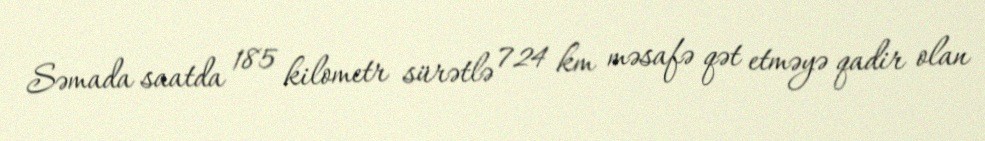
Səmada saatda 185 kilometr sürətlə 724 km məsafə qət etməyə qadir olan